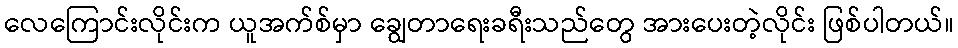
လေကြောင်းလိုင်းက ယူအက်စ်မှာ ချွေတာရေးခရီးသည်တွေ အားပေးတဲ့လိုင်း ဖြစ်ပါတယ်။